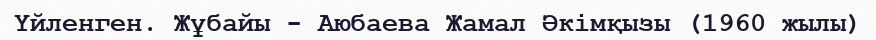
Үйленген. Жұбайы - Аюбаева Жамал Әкімқызы (1960 жылы)